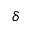
\delta